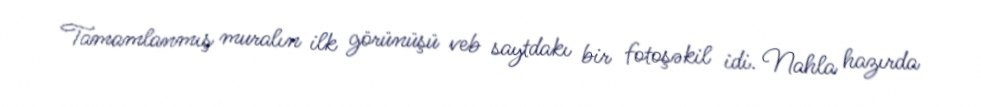
Tamamlanmış muralın ilk görünüşü veb saytdakı bir fotoşəkil idi. Nahla hazırda